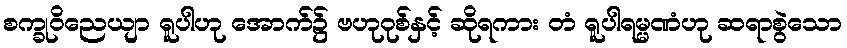
စက္ခုဝိညေယျာ ရူပါဟု အောက်၌ ဗဟုဝုစ်နှင့် ဆိုရကား တံ ရူပါရမ္မဏံဟု ဆရာစွဲသော